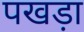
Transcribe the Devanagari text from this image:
पखड़ा